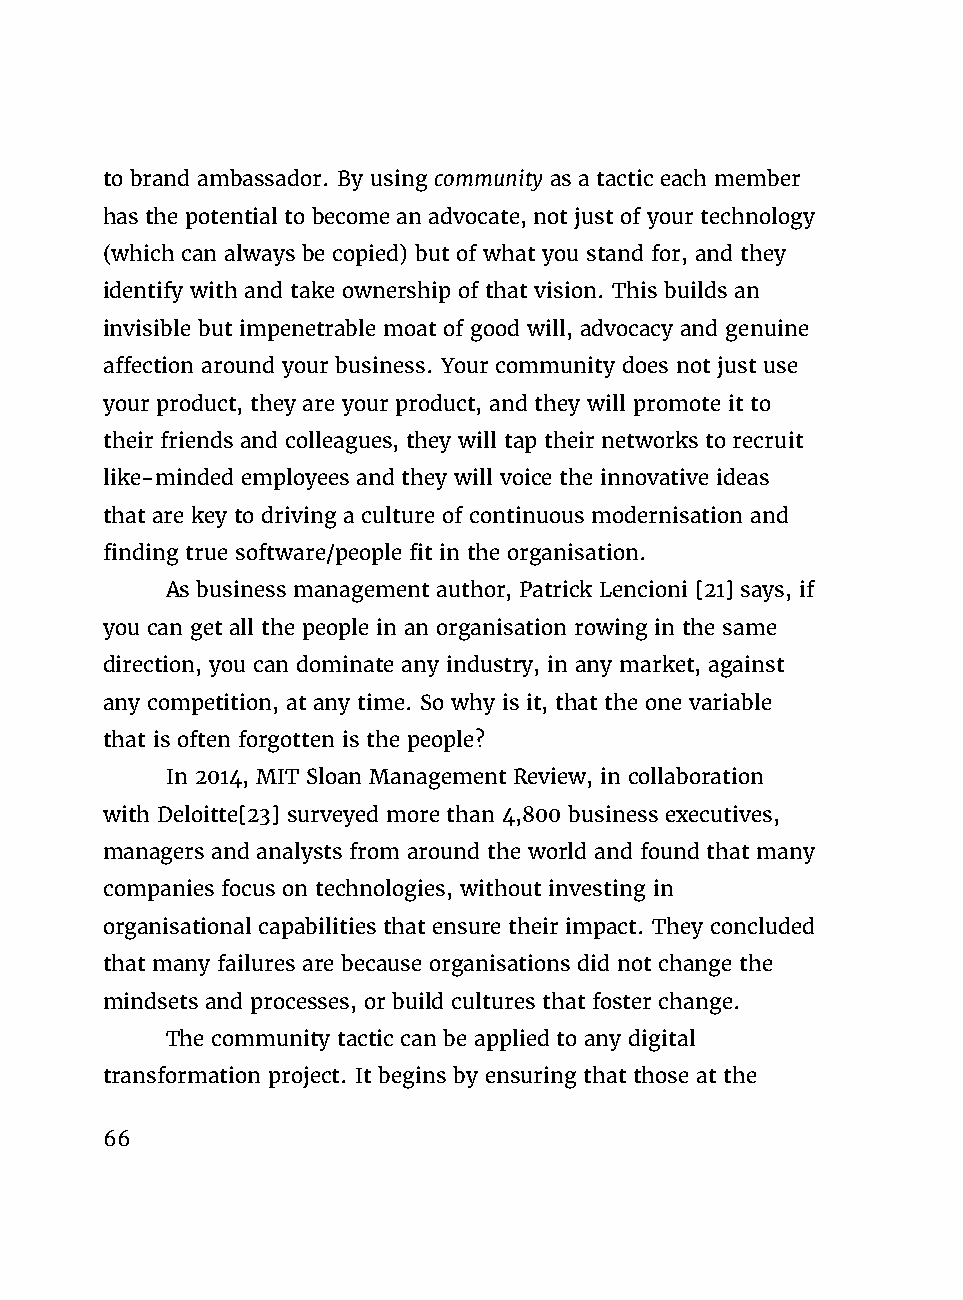
to brand ambassador. By using community as a tactic each member
 has the potential to become an advocate, not just of your technology
 (which can always be copied) but of what you stand for, and they
 identify with and take ownership of that vision. This builds an
 invisible but impenetrable moat of good will, advocacy and genuine
 affection around your business. Your community does not just use
 your product, they are your product, and they will promote it to
 their friends and colleagues, they will tap their networks to recruit
 like-minded employees and they will voice the innovative ideas
 that are key to driving a culture of continuous modernisation and
 finding true software/people fit in the organisation.
 As business management author, Patrick Lencioni [21] says, if
 you can get all the people in an organisation rowing in the same
 direction, you can dominate any industry, in any market, against
 any competition, at any time. So why is it, that the one variable
 that is often forgotten is the people?
 In 2014, MIT Sloan Management Review, in collaboration
 with Deloitte[23] surveyed more than 4,800 business executives,
 managers and analysts from around the world and found that many
 companies focus on technologies, without investing in
 organisational capabilities that ensure their impact. They concluded
 that many failures are because organisations did not change the
 mindsets and processes, or build cultures that foster change.
 The community tactic can be applied to any digital
 transformation project. It begins by ensuring that those at the
 66